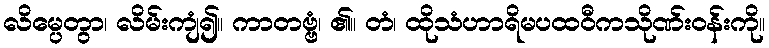
လိမ္ပေတွာ၊ လိမ်းကျံ၍။ ကာတဗ္ဗံ၊ ၏။ တံ၊ ထိုသံဟာရိမပထဝီကသိုဏ်းဝန်းကို။